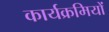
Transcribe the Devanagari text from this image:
कार्यक्रमियों